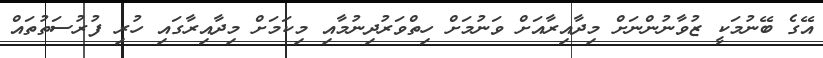
އޭގެ ބޭނުމަކީ ޒުވާނުންނަށް މިދާއިރާއަށް ވަނުމަށް ހިތްވަރުދިނުމާއި މިކަމަށް މިދާއިރާގައި ހުރި ފުރުސަތުތައް